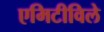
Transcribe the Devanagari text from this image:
एमिटीविले